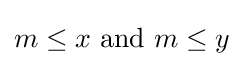
m\leq x{\text{ and }}m\leq y